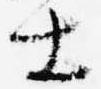
士